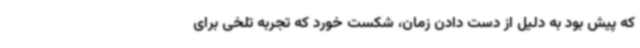
که پیش بود به دلیل از دست دادن زمان، شکست خورد که تجربه تلخی برای